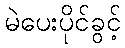
မဲပေးပိုင်ခွင့်